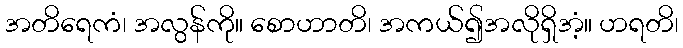
အတိရေကံ၊ အလွန်ကို။ စောဟာတိ၊ အကယ်၍အလိုရှိအံ့။ ဟရတိ၊